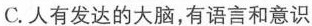
C.人有发达的大脑，有语言和意识